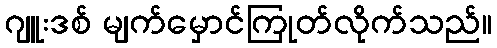
ဂျူးဒစ် မျက်မှောင်ကြုတ်လိုက်သည်။